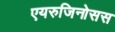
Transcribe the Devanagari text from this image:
एयरुजिनोसस